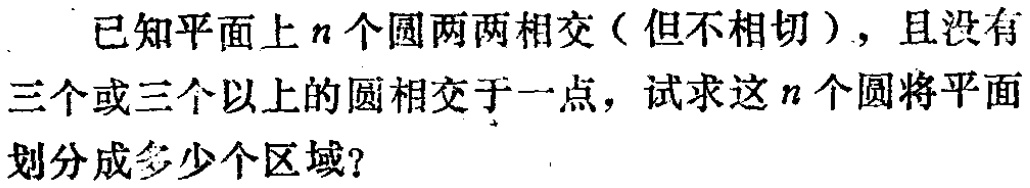
已知平面上\(n\)个圆两两相交（但不相切），且没有三个或三个以上的圆相交于一点，试求这\(n\)个圆将平面划分成多少个区域？